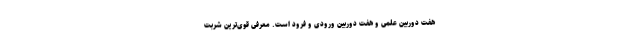
هفت دوربین علمی و هفت دوربین ورودی و فرود است. معرفی قوی‌ترین شربت